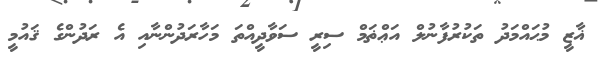
ޣާޒީ މުޙައްމަދު ތަކުރުފާނުލް އަޢްޡަމް ސިރީ ސަވާދީއްތަ މަހާރަދުންނާއި އެ ރަދުންގެ ޤައުމީ